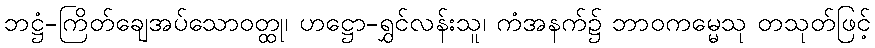
ဘဋ္ဌံ-ကြိတ်ချေအပ်သောဝတ္ထု၊ ဟဋ္ဌော-ရွှင်လန်းသူ၊ ကံအနက်၌ ဘာဝကမ္မေသု တသုတ်ဖြင့်